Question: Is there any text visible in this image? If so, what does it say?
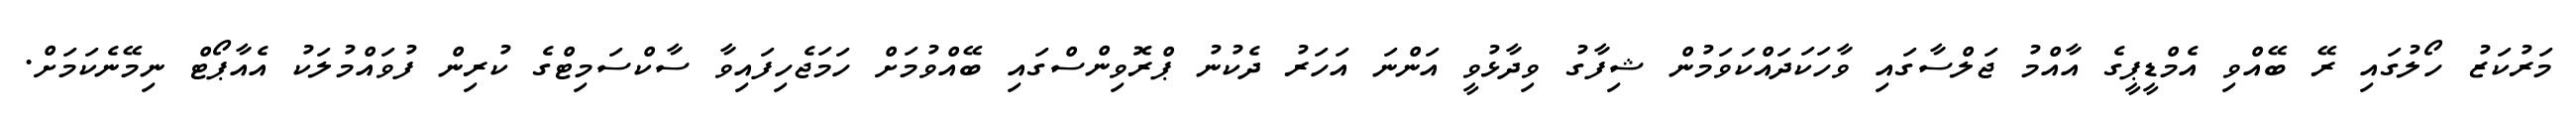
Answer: މަރުކަޒު ހޯލުގައި ރޭ ބޭއްވި އެމްޑީޕީގެ އާއްމު ޖަލްސާގައި ވާހަކަދައްކަވަމުން ޝިފާގު ވިދާޅުވީ އަންނަ އަހަރު ދެކުނު ޕްރޮވިންސްގައި ބޭއްވުމަށް ހަމަޖެހިފައިވާ ސާކްސަމިޓްގެ ކުރިން ފުވައްމުލަކު އެއާޕޯޓް ނިމޭނެކަމަށް.